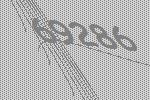
69286